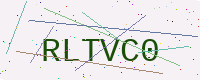
Text: RLTVC0